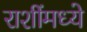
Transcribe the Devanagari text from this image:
राशींमध्ये